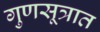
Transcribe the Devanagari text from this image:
गुणसूत्रात